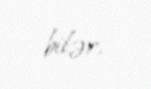
bilər.